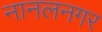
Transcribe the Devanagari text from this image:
नानलनगर